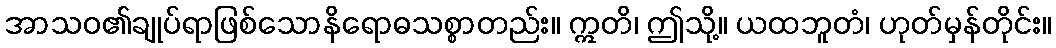
အာသဝ၏ချုပ်ရာဖြစ်သောနိရောဓသစ္စာတည်း။ ဣတိ၊ ဤသို့။ ယထဘူတံ၊ ဟုတ်မှန်တိုင်း။